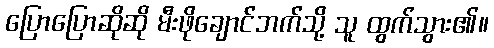
ပြောပြောဆိုဆို မီးဖိုချောင်ဘက်သို့ သူ ထွက်သွား၏။